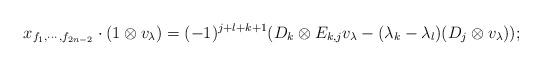
LaTeX: \begin{align*} x_{f_1,\cdots,f_{2n-2}}\cdot (1\otimes v_{\lambda})=(-1)^{j+l+k+1}(D_k\otimes E_{k,j}v_{\lambda}-(\lambda_k-\lambda_l)(D_j\otimes v_{\lambda}));\end{align*}